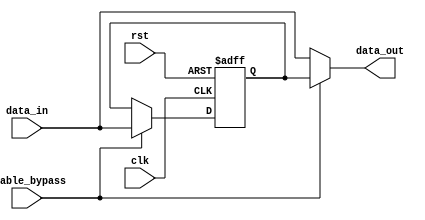
module Simple_Bypass_Register (
    input wire clk,
    input wire rst,
    input wire enable_bypass,
    input wire [7:0] data_in,
    output reg [7:0] data_out
);

reg [7:0] bypass_reg;

always @(posedge clk or posedge rst) begin
    if (rst) begin
        bypass_reg <= 8'b0;
    end else if (enable_bypass) begin
        bypass_reg <= data_in;
    end
end

assign data_out = enable_bypass ? bypass_reg : data_in;

endmodule